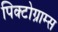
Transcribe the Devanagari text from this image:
पिक्टोग्राम्स